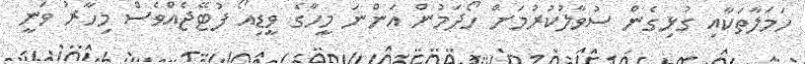
ހަމަލާތަކާއި ގުޅިގެން ސުވާލުކުރުމަށް ހޯދަމުން އަންނަ މީހާގެ ވީޑިއޯ ފުޓޭޖެއްވެސް މިހާރު ވަނީ